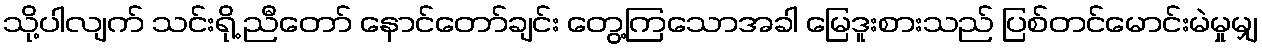
သို့ပါလျက် သင်းရို့ ညီတော် နောင်တော်ချင်း တွေ့ကြသောအခါ မြေဒူးစားသည် ပြစ်တင်မောင်းမဲမှုမျှ